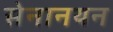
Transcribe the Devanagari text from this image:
सेनानयन